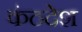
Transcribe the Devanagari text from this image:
कंठदेश